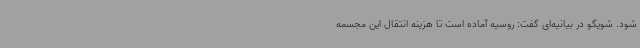
شود. شویگو در بیانیه‌ای گفت: روسیه آماده است تا هزینه انتقال این مجسمه